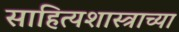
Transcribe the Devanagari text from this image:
साहित्यशास्त्राच्या